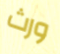
ورث